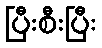
ပြီးစီးပြီး